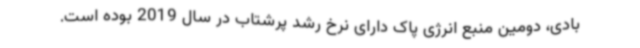
بادی، دومین منبع انرژی پاک دارای نرخ رشد پرشتاب در سال 2019 بوده است.